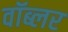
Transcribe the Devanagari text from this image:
वॉब्लर